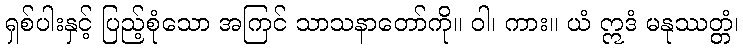
ရှစ်ပါးနှင့် ပြည့်စုံသော အကြင် သာသနာတော်ကို။ ဝါ၊ ကား။ ယံ ဣဒံ မနုဿတ္တံ၊